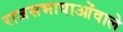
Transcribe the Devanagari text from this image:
राजसभावाओंवाले